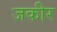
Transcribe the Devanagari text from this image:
जकीर